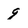
Character: 9